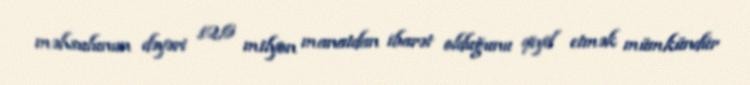
məhsulunun dəyəri 12,6 milyon manatdan ibarət olduğunu qeyd etmək mümkündür